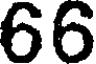
66